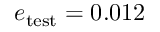
e _ { \mathrm { t e s t } } = 0 . 0 1 2